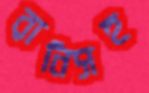
রানিসহ